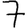
Digit: 7